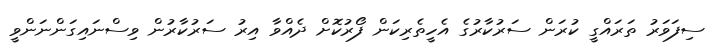
ސިފަވަރު ތަރައްގީ ކުރަން ސަރުކާރުގެ އެހީތެރިކަން ފޯރުކޮށް ދެއްވާ އިރު ސަރުކާރުން ވިސްނައިގަންނަންވީ